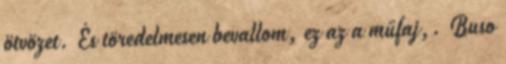
ötvözet. És töredelmesen bevallom, ez az a műfaj,. Buso